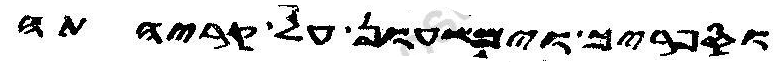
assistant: וספריך וימשעון על קריהתה